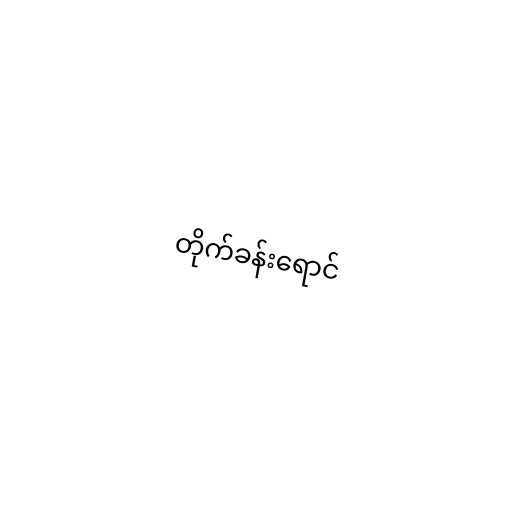
တိုက်ခန်းရောင်